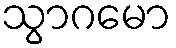
သွာဂမော